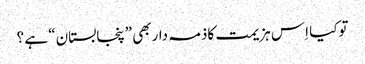
توکیا اِس ہزیمت کاذمہ داربھی ”پنجابستان“ ہے ؟